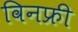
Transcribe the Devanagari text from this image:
विनफ्री